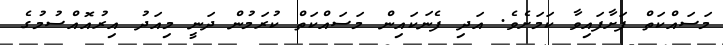
މަސައްކަތް ފަށާފައިވާ ކަމަށެވެ. އަދި ފެނަކައިން މަސައްކަތް ކުރަމުން ދަނީ މިއަދު އިރުއޮއްސުމުގެ